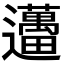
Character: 𨙗